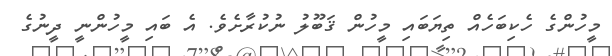
މީހުންގެ ހެކިބަހެއް ތިޔަބައި މީހުން ޤަބޫލު ނުކުރާށެވެ. އެ ބައި މީހުންނީ ދީނުގެ